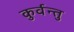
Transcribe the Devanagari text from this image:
कुर्वन्तु